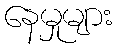
နေမှုများ